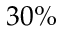
3 0 \%